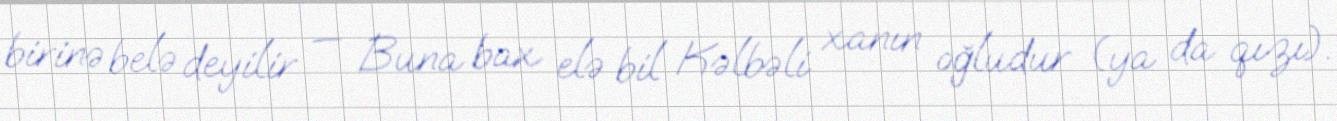
birinə belə deyilir — Buna bax elə bil Kəlbəli xanın oğludur (ya da qızı).